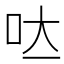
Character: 𭇃